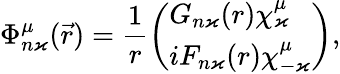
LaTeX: \Phi_{n\varkappa}^{\mu}(\vec{r})=\frac{1}{r}\left(\begin{array}{l}{G_{n\varkappa}(r)\chi_{\varkappa}^{\mu}}\\ {iF_{n\varkappa}(r)\chi_{-\varkappa}^{\mu}}\end{array}\right),